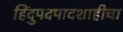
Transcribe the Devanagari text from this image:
हिंदुपदपादशाहीचा